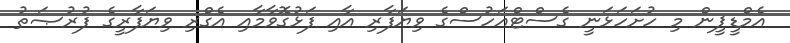
އެމްޑީޕީން މި ހުށަހަޅަނީ ގެސްޓްއަހުސްގެ ވިޔަފާރި އާއި ފަޅުގޮވާމާއި އެގްރި ވިޔަފާރީގެ ފުރުޞަތު